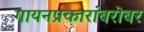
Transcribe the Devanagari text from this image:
गायनप्रकारांबरोबर